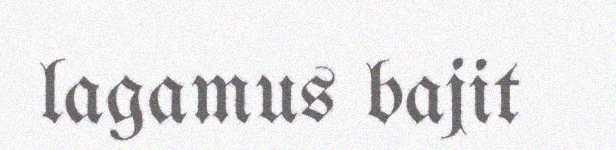
lagamus bajit